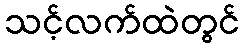
သင့်လက်ထဲတွင်